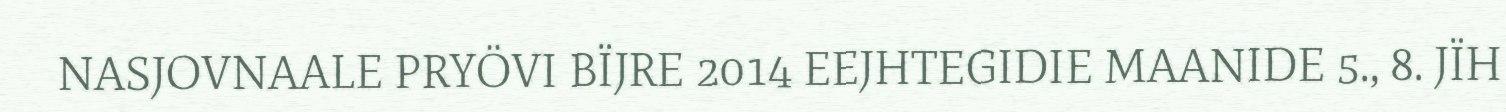
NASJOVNAALE PRYÖVI BÏJRE 2014 EEJHTEGIDIE MAANIDE 5., 8. JÏH